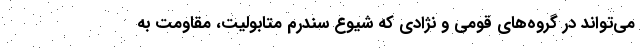
می‌تواند در گروه‌های قومی و نژادی که شیوع سندرم متابولیت، مقاومت به